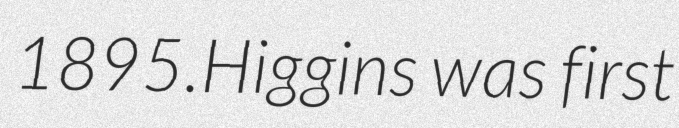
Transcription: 1895.Higgins was first